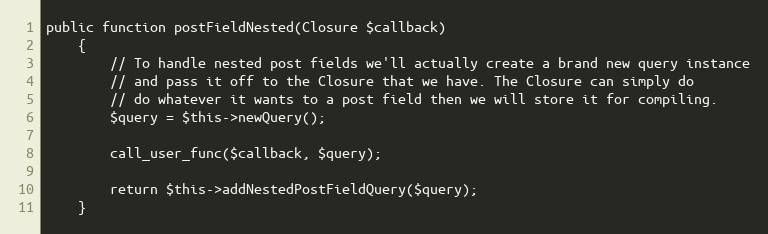
Language: PHP
public function postFieldNested(Closure $callback)
    {
        // To handle nested post fields we'll actually create a brand new query instance
        // and pass it off to the Closure that we have. The Closure can simply do
        // do whatever it wants to a post field then we will store it for compiling.
        $query = $this->newQuery();

        call_user_func($callback, $query);

        return $this->addNestedPostFieldQuery($query);
    }